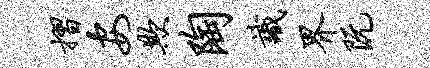
摺安欺陶识界阮